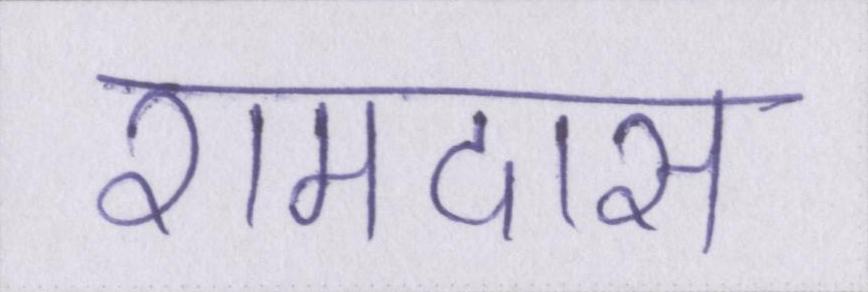
रामदास